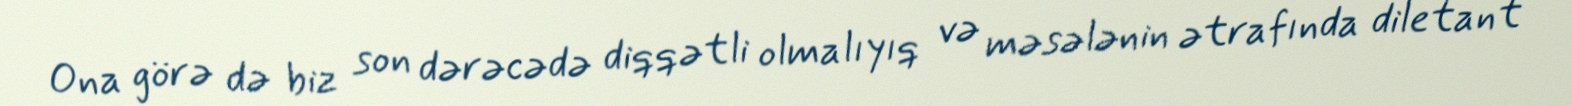
Ona görə də biz son dərəcədə diqqətli olmalıyıq və məsələnin ətrafında diletant